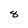
Character: 8